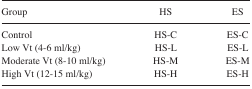
<table><thead><tr><td><b>Group</b></td><td><b>HS</b></td><td><b>ES</b></td></tr></thead><tbody><tr><td>Control</td><td>HS-C</td><td>ES-C</td></tr><tr><td>Low Vt (4–6 ml/kg)</td><td>HS-L</td><td>ES-L</td></tr><tr><td>Moderate Vt (8–10 ml/kg)</td><td>HS-M</td><td>ES-M</td></tr><tr><td>High Vt (12–15 ml/kg)</td><td>HS-H</td><td>ES-H</td></tr></tbody></table>